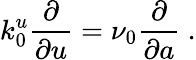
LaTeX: k_{0}^{u}\frac{\partial}{\partial u}=\nu_{0}\frac{\partial}{\partial a}\ .